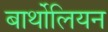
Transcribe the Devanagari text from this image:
बार्थोलियन